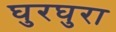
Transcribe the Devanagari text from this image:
घुरघुरा